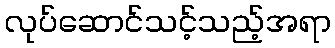
လုပ်ဆောင်သင့်သည့်အရာ